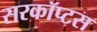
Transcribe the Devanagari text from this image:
सरकॉप्टस